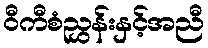
ဝီကီစံညွှန်းနှင့်အညီ